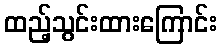
ထည့်သွင်းထားကြောင်း